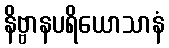
နိဗ္ဗာနပရိယောသာနံ